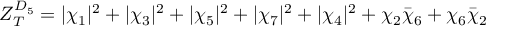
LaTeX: Z _ { T } ^ { D _ { 5 } } = | \chi _ { 1 } | ^ { 2 } + | \chi _ { 3 } | ^ { 2 } + | \chi _ { 5 } | ^ { 2 } + | \chi _ { 7 } | ^ { 2 } + | \chi _ { 4 } | ^ { 2 } + \chi _ { 2 } { \bar { \chi } _ { 6 } } + \chi _ { 6 } { \bar { \chi } _ { 2 } } \quad